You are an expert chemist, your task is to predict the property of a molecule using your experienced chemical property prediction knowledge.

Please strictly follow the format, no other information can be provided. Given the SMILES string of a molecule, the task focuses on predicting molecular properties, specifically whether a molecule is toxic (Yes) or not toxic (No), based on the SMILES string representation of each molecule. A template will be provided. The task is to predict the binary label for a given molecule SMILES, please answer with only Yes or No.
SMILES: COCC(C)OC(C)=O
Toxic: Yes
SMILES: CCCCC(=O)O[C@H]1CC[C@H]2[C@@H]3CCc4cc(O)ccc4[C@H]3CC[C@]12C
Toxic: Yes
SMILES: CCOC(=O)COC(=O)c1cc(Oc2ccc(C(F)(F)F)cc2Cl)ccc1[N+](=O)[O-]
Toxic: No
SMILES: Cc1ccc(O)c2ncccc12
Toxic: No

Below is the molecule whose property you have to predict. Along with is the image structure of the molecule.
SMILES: Cc1cc(N)n(-c2ccccc2)n1
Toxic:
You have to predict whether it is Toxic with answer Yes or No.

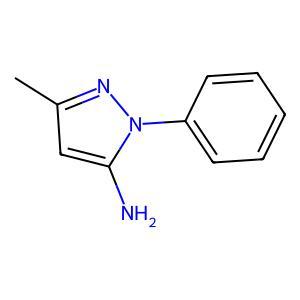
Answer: No